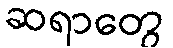
ဆရာတွေ